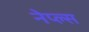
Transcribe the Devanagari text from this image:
नेप्ल्स